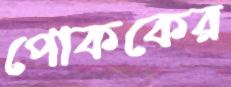
পোককের